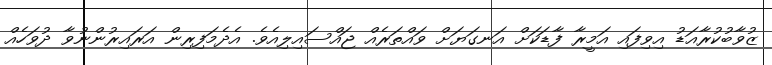
ޒުވާބުކުރާއަޑު އިވިފައި އަމީރާ ފާޑަކަށް އަނގަޔަށް ވައްތަރެއް ޖައްސައިލިއެވެ. އެދެމަފިރިން އަރައިރުންނުވާ ދުވަހެއް